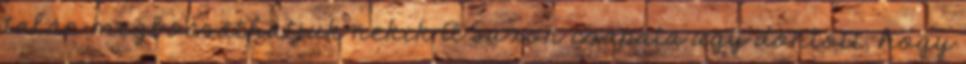
talán megbocsáthatjuk nekik A Saxon csapata úgy döntött, hogy